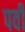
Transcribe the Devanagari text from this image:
पर्वी